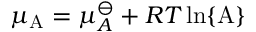
\mu _ { \mathrm { A } } = \mu _ { A } ^ { \ominus } + R T \ln \{ \mathrm { A } \}